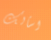
اسألك